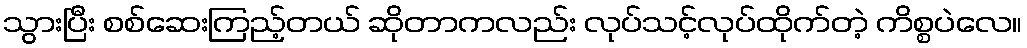
သွားပြီး စစ်ဆေးကြည့်တယ် ဆိုတာကလည်း လုပ်သင့်လုပ်ထိုက်တဲ့ ကိစ္စပဲလေ။